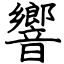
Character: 響